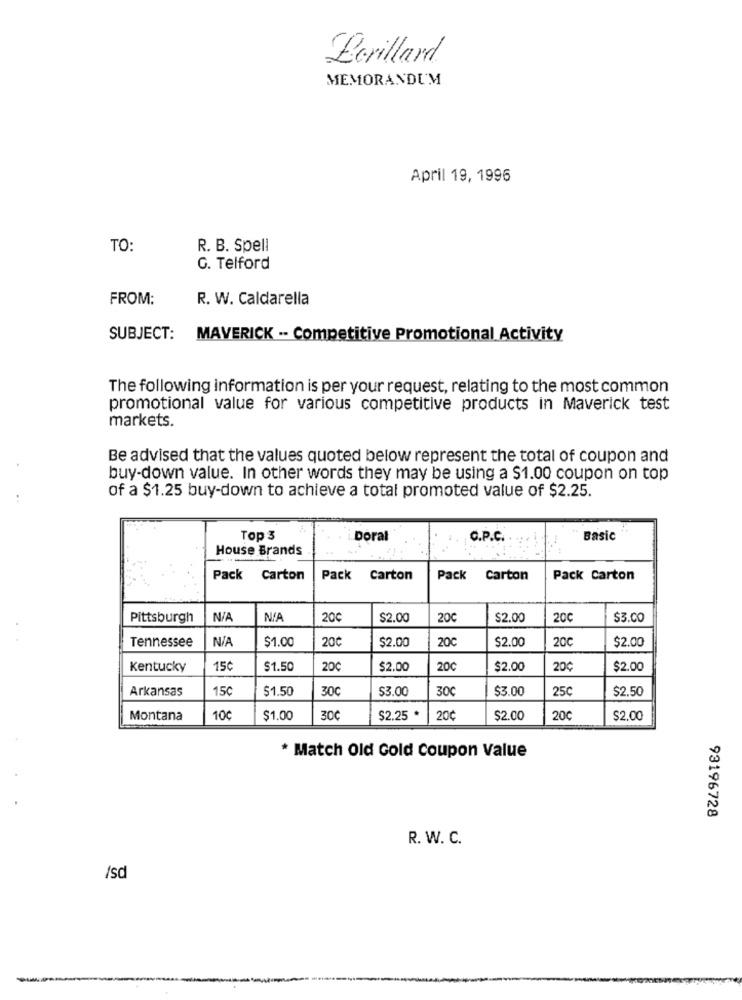
Berillard
MEMORANDUM
April 19, 1996
TO:
R. B. Spell
G. Telford
FROM:
R. W. Caldarella
SUBJECT:
MAVERICK -- Competitive Promotional Activity
The following information is per your request, relating to the most common
promotional value for various competitive products in Maverick test
markets.
Be advised that the values quoted below represent the total of coupon and
buy-down value. In other words they may be using a $1.00 coupon on top
of a $1.25 buy-down to achieve a total promoted value of $2.25.
Top 3
i.Doral
C.P.C.
Basic
House Brands
Pack Carton
Pack Carton
Pack
Carton
Pack Carton
Pittsburgh
200
$2.00
200
$2.00
200
$3.00
Tennessee
$1.00
20℃
$2.00
200
$2.00
200
$2.00
Kentucky
150
$1.50
200
$2.00
200
$2.00
20¢
$2.00
Arkansas
15€
$1.50
30℃
$3.00
30€
$3.00
25℃
$2.50
Montana
10€
$1.00
30€
$2.25 *
20¢
$2.00
20℃
$2.00
* Match Old Gold Coupon Value
93196728
R. W. C.
/sd